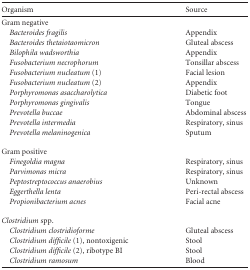
| Organism | Source |
 | --- | --- |
 | Gram negative |  |
 | Bacteroides fragilis | Appendix |
 | Bacteroides thetaiotaomicron | Gluteal abscess |
 | Bilophila wadsworthia | Appendix |
 | Fusobacterium necrophorum | Tonsillar abscess |
 | Fusobacterium nucleatum (1) | Facial lesion |
 | Fusobacterium nucleatum (2) | Appendix |
 | Porphyromonas asaccharolytica | Diabetic foot |
 | Porphyromonas gingivalis | Tongue |
 | Prevotella buccae | Abdominal abscess |
 | Prevotella intermedia | Respiratory, sinus |
 | Prevotella melaninogenica | Sputum |
 | Gram positive |  |
 | Finegoldia magna | Respiratory, sinus |
 | Parvimonas micra | Respiratory, sinus |
 | Peptostreptococcus anaerobius | Unknown |
 | Eggerthella lenta | Peri-rectal abscess |
 | Propionibacterium acnes | Facial acne |
 | Clostridium spp. |  |
 | Clostridium clostridioforme | Gluteal abscess |
 | Clostridium difficile (1), nontoxigenic | Stool |
 | Clostridium difficile (2), ribotype BI | Stool |
 | Clostridium ramosum | Blood |